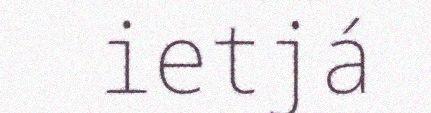
ietjá